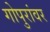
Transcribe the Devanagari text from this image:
गोपुरांवर